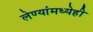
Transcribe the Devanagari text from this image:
लेण्यांमध्येही